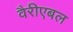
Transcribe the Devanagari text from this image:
वैरीएबल